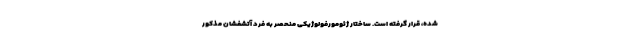
شده، قرار گرفته است. ساختار ژئومورفولوژیکی منحصر به فرد آتشفشان مذکور